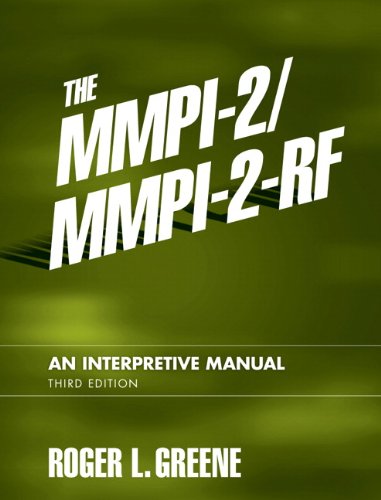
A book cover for The MMPI-2/MMPI-2-RF: An Interpretive Manual (3rd Edition); Roger L. Greene; Medical Books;